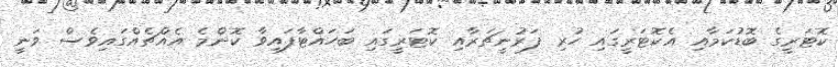
ކޮޓަރީގެ ބޮޑުކަމާއި އެކޮޓަރީގައި ހުރި ފަރުނީޗަރާއި ކޮޓަރީގައި ބަހައްޓާފައިވާ ކޮންމެ އެއްޗެއްގައިވެސް ވަނީ